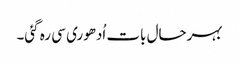
بہرحال بات اُدھوری سی رہ گئی۔